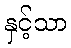
နှင့်သာ